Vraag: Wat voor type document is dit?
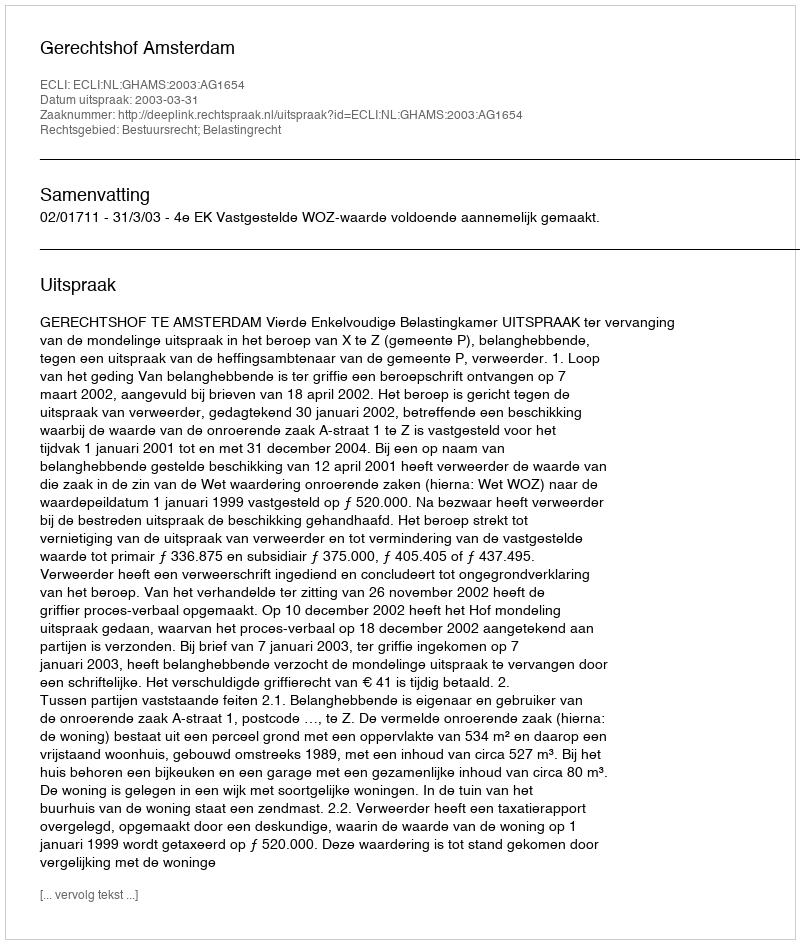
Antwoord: Uitspraak